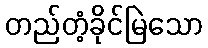
တည်တံ့ခိုင်မြဲသော